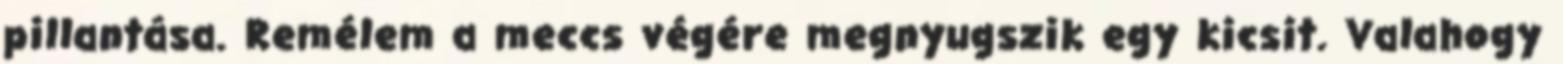
pillantása. Remélem a meccs végére megnyugszik egy kicsit. Valahogy